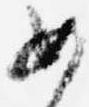
如